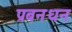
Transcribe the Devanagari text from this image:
प्रबनधन